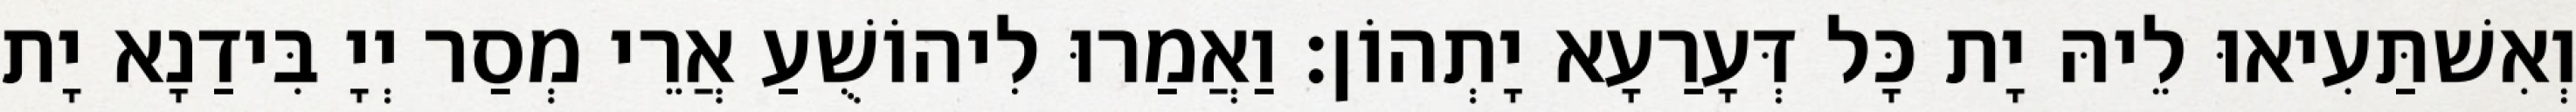
וְאִשׁתַּעִיאוּ לֵיהּ יָת כָּל דְּעָרַעָא יָתְהוֹן׃ וַאֲמַרוּ לִיהוֹשֻׁעַ אֲרֵי מְסַר יְיָ בִּידַנָא יָת